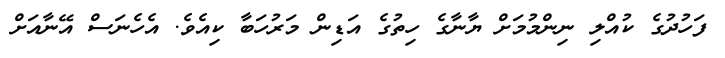
ފަހުދުގެ ކުއްލި ނިންމުމަށް ޔާނާގެ ހިތުގެ އަޑިން މަރުހަބާ ކިއެވެ. އެހެނަސް އޭނާއަށް